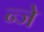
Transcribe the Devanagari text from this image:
न्जे